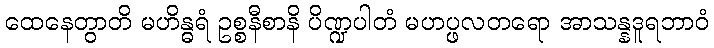
ထေနေတွာတိ မဟိန္ဓရံ ဥစ္စနီစာနိ ပိဏ္ဍပါတံ မဟပ္ဖလတရော အာသန္နဒူရဘာဝံ